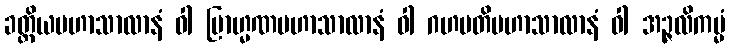
ခတ္တိယမဟာသာလာနံ ဝါ ဗြာဟ္မဏမဟာသာလာနံ ဝါ ဂဟပတိမဟာသာလာနံ ဝါ အဉ္ဇလိကမ္မံ